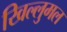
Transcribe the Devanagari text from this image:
खिल्लुमल